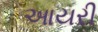
આયરી